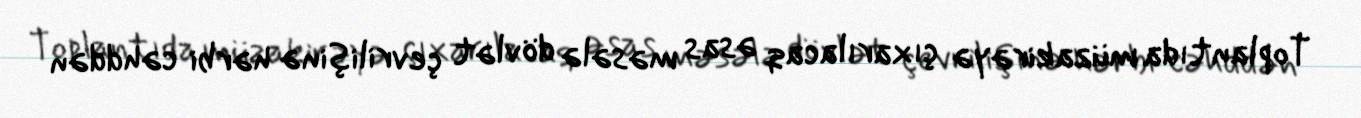
Toplantıda müzakirəyə çıxarılacaq əsas məsələ dövlət çevrilişinə hərbi cəhddən